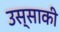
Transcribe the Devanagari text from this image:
उस्साकी